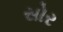
સોર